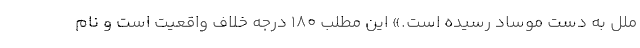
ملل به دست موساد رسیده است.» این مطلب ١٨٠ درجه خلاف واقعیت است و نام